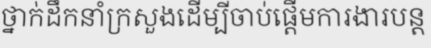
ថ្នាក់ដឹកនាំក្រសួងដើម្បីចាប់ផ្តើមការងារបន្ត